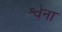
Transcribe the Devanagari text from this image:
श्वेना